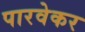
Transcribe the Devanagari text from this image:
पारवेकर